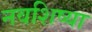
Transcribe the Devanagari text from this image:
नवशिष्या